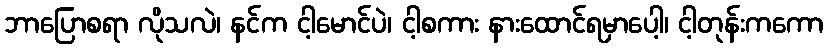
ဘာပြောစရာ လိုသလဲ၊ နင်က ငါ့မောင်ပဲ၊ ငါ့စကား နားထောင်ရမှာပေါ့၊ ငါ့တုန်းကကော